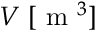
V \; [ \textrm { m } ^ { 3 } ]